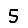
Digit: 5